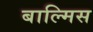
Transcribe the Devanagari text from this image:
बाल्मिस